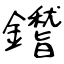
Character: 鑙